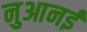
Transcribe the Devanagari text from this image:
नुआनई